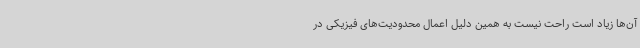
آن‌ها زیاد است راحت نیست به همین دلیل اعمال محدودیت‌های فیزیکی در